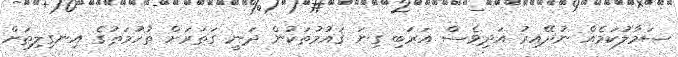
ސަމާލުކަމެއް ނުދޭއިރު އަދިވެސް އަރަބި ގިނަ ޤައުމުތަކުން ދަނީ ގަތަރަށް ތުހުމަތުގެ އިނގިލިތަށް